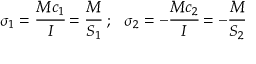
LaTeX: \sigma _ { 1 } = { \cfrac { M c _ { 1 } } { I } } = { \cfrac { M } { S _ { 1 } } } ~ ; ~ ~ \sigma _ { 2 } = - { \cfrac { M c _ { 2 } } { I } } = - { \cfrac { M } { S _ { 2 } } }